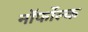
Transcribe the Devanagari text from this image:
नॉर्फोल्क